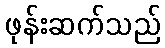
ဖုန်းဆက်သည်